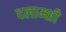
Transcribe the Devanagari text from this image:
दलाम्शी